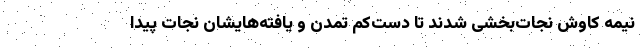
نیمه کاوش‌ِ نجات‌بخشی شدند تا دست‌کم تمدن و یافته‌هایشان نجات‌ پیدا